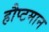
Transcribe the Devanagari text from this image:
हौप्टमान